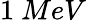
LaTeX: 1\ MeV